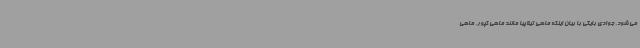
می شود. جوادی بایگی با بیان اینکه ماهی تیلاپیا مانند ماهی کپور، ماهی